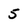
Character: 5